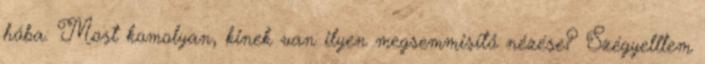
hóba: Most komolyan, kinek van ilyen megsemmisítő nézése? Szégyelltem